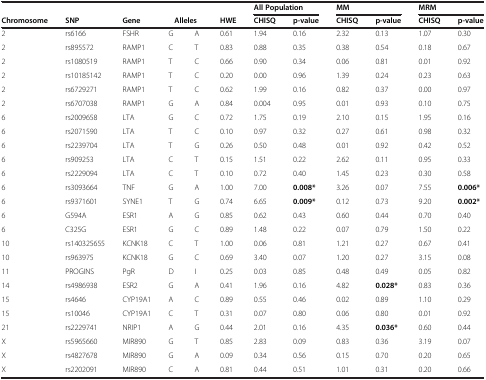
<table><thead><tr><td><b> </b></td><td><b> </b></td><td><b> </b></td><td><b> </b></td><td><b> </b></td><td><b> </b></td><td colspan="2"><b>All Population</b></td><td colspan="2"><b>MM</b></td><td colspan="2"><b>MRM</b></td></tr><tr><td><b>Chromosome</b></td><td><b>SNP</b></td><td><b>Gene</b></td><td><b>Alleles</b></td><td><b> </b></td><td><b>HWE</b></td><td><b>CHISQ</b></td><td><b>p-value</b></td><td><b>CHISQ</b></td><td><b>p-value</b></td><td><b>CHISQ</b></td><td><b>p-value</b></td></tr></thead><tbody><tr><td>2</td><td>rs6166</td><td>FSHR</td><td>G</td><td>A</td><td>0.61</td><td>1.94</td><td>0.16</td><td>2.32</td><td>0.13</td><td>1.07</td><td>0.30</td></tr><tr><td>2</td><td>rs895572</td><td>RAMP1</td><td>C</td><td>T</td><td>0.83</td><td>0.88</td><td>0.35</td><td>0.38</td><td>0.54</td><td>0.18</td><td>0.67</td></tr><tr><td>2</td><td>rs1080519</td><td>RAMP1</td><td>T</td><td>C</td><td>0.66</td><td>0.90</td><td>0.34</td><td>0.06</td><td>0.81</td><td>0.01</td><td>0.92</td></tr><tr><td>2</td><td>rs10185142</td><td>RAMP1</td><td>T</td><td>C</td><td>0.20</td><td>0.00</td><td>0.96</td><td>1.39</td><td>0.24</td><td>0.23</td><td>0.63</td></tr><tr><td>2</td><td>rs6729271</td><td>RAMP1</td><td>T</td><td>C</td><td>0.62</td><td>1.99</td><td>0.16</td><td>0.82</td><td>0.37</td><td>0.00</td><td>0.97</td></tr><tr><td>2</td><td>rs6707038</td><td>RAMP1</td><td>G</td><td>A</td><td>0.84</td><td>0.004</td><td>0.95</td><td>0.01</td><td>0.93</td><td>0.10</td><td>0.75</td></tr><tr><td>6</td><td>rs2009658</td><td>LTA</td><td>G</td><td>C</td><td>0.72</td><td>1.75</td><td>0.19</td><td>2.10</td><td>0.15</td><td>1.95</td><td>0.16</td></tr><tr><td>6</td><td>rs2071590</td><td>LTA</td><td>T</td><td>C</td><td>0.10</td><td>0.97</td><td>0.32</td><td>0.27</td><td>0.61</td><td>0.98</td><td>0.32</td></tr><tr><td>6</td><td>rs2239704</td><td>LTA</td><td>T</td><td>G</td><td>0.26</td><td>0.50</td><td>0.48</td><td>0.01</td><td>0.92</td><td>0.42</td><td>0.52</td></tr><tr><td>6</td><td>rs909253</td><td>LTA</td><td>C</td><td>T</td><td>0.15</td><td>1.51</td><td>0.22</td><td>2.62</td><td>0.11</td><td>0.95</td><td>0.33</td></tr><tr><td>6</td><td>rs2229094</td><td>LTA</td><td>C</td><td>T</td><td>0.10</td><td>0.72</td><td>0.40</td><td>1.45</td><td>0.23</td><td>0.30</td><td>0.58</td></tr><tr><td>6</td><td>rs3093664</td><td>TNF</td><td>G</td><td>A</td><td>1.00</td><td>7.00</td><td><b>0.008*</b></td><td>3.26</td><td>0.07</td><td>7.55</td><td><b>0.006*</b></td></tr><tr><td>6</td><td>rs9371601</td><td>SYNE1</td><td>T</td><td>G</td><td>0.74</td><td>6.65</td><td><b>0.009*</b></td><td>0.12</td><td>0.73</td><td>9.20</td><td><b>0.002*</b></td></tr><tr><td>6</td><td>G594A</td><td>ESR1</td><td>A</td><td>G</td><td>0.85</td><td>0.62</td><td>0.43</td><td>0.60</td><td>0.44</td><td>0.70</td><td>0.40</td></tr><tr><td>6</td><td>C325G</td><td>ESR1</td><td>G</td><td>C</td><td>0.89</td><td>1.48</td><td>0.22</td><td>0.07</td><td>0.79</td><td>1.50</td><td>0.22</td></tr><tr><td>10</td><td>rs140325655</td><td>KCNK18</td><td>C</td><td>T</td><td>1.00</td><td>0.06</td><td>0.81</td><td>1.21</td><td>0.27</td><td>0.67</td><td>0.41</td></tr><tr><td>10</td><td>rs963975</td><td>KCNK18</td><td>G</td><td>C</td><td>0.69</td><td>3.40</td><td>0.07</td><td>1.20</td><td>0.27</td><td>3.15</td><td>0.08</td></tr><tr><td>11</td><td>PROGINS</td><td>PgR</td><td>D</td><td>I</td><td>0.25</td><td>0.03</td><td>0.85</td><td>0.48</td><td>0.49</td><td>0.05</td><td>0.82</td></tr><tr><td>14</td><td>rs4986938</td><td>ESR2</td><td>G</td><td>A</td><td>0.41</td><td>1.96</td><td>0.16</td><td>4.82</td><td><b>0.028*</b></td><td>0.83</td><td>0.36</td></tr><tr><td>15</td><td>rs4646</td><td>CYP19A1</td><td>A</td><td>C</td><td>0.89</td><td>0.55</td><td>0.46</td><td>0.02</td><td>0.89</td><td>1.10</td><td>0.29</td></tr><tr><td>15</td><td>rs10046</td><td>CYP19A1</td><td>C</td><td>T</td><td>0.31</td><td>0.07</td><td>0.80</td><td>0.06</td><td>0.80</td><td>0.01</td><td>0.92</td></tr><tr><td>21</td><td>rs2229741</td><td>NRIP1</td><td>A</td><td>G</td><td>0.44</td><td>2.01</td><td>0.16</td><td>4.35</td><td><b>0.036*</b></td><td>0.60</td><td>0.44</td></tr><tr><td>X</td><td>rs5965660</td><td>MIR890</td><td>G</td><td>T</td><td>0.85</td><td>2.83</td><td>0.09</td><td>0.83</td><td>0.36</td><td>3.19</td><td>0.07</td></tr><tr><td>X</td><td>rs4827678</td><td>MIR890</td><td>G</td><td>A</td><td>0.09</td><td>0.34</td><td>0.56</td><td>0.15</td><td>0.70</td><td>0.20</td><td>0.65</td></tr><tr><td>X</td><td>rs2202091</td><td>MIR890</td><td>C</td><td>A</td><td>0.81</td><td>0.44</td><td>0.51</td><td>1.01</td><td>0.31</td><td>0.20</td><td>0.66</td></tr></tbody></table>